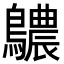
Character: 𪇌